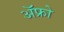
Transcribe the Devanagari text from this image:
ॲफ्रो